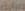
مرارة